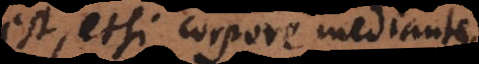
est, etsi corpore mediante